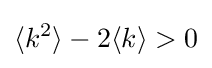
\langle k^{2}\rangle -2\langle k\rangle >0